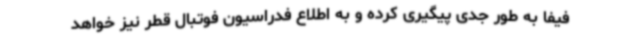
فیفا به طور جدی پیگیری کرده و به اطلاع فدراسیون فوتبال قطر نیز خواهد